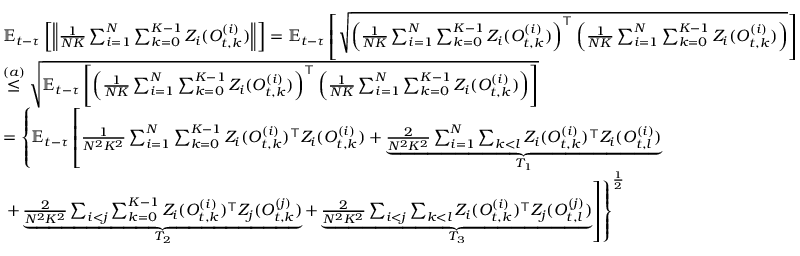
\begin{array} { r l } & { \mathbb { E } _ { t - \tau } \left[ \left\| \frac { 1 } { N K } \sum _ { i = 1 } ^ { N } \sum _ { k = 0 } ^ { K - 1 } Z _ { i } ( O _ { t , k } ^ { ( i ) } ) \right\| \right] = \mathbb { E } _ { t - \tau } \left[ \sqrt { \left( \frac { 1 } { N K } \sum _ { i = 1 } ^ { N } \sum _ { k = 0 } ^ { K - 1 } Z _ { i } ( O _ { t , k } ^ { ( i ) } ) \right) ^ { \top } \left( \frac { 1 } { N K } \sum _ { i = 1 } ^ { N } \sum _ { k = 0 } ^ { K - 1 } Z _ { i } ( O _ { t , k } ^ { ( i ) } ) \right) } \right] } \\ & { \stackrel { ( a ) } { \leq } \sqrt { \mathbb { E } _ { t - \tau } \left[ \left( \frac { 1 } { N K } \sum _ { i = 1 } ^ { N } \sum _ { k = 0 } ^ { K - 1 } Z _ { i } ( O _ { t , k } ^ { ( i ) } ) \right) ^ { \top } \left( \frac { 1 } { N K } \sum _ { i = 1 } ^ { N } \sum _ { k = 0 } ^ { K - 1 } Z _ { i } ( O _ { t , k } ^ { ( i ) } ) \right) \right] } } \\ & { = \left\{ \mathbb { E } _ { t - \tau } \left[ \frac { 1 } { N ^ { 2 } K ^ { 2 } } \sum _ { i = 1 } ^ { N } \sum _ { k = 0 } ^ { K - 1 } Z _ { i } ( O _ { t , k } ^ { ( i ) } ) ^ { \top } Z _ { i } ( O _ { t , k } ^ { ( i ) } ) + \underbrace { \frac { 2 } { N ^ { 2 } K ^ { 2 } } \sum _ { i = 1 } ^ { N } \sum _ { k < l } Z _ { i } ( O _ { t , k } ^ { ( i ) } ) ^ { \top } Z _ { i } ( O _ { t , l } ^ { ( i ) } ) } _ { T _ { 1 } } \right. \right. } \\ & { \left. \left. + \underbrace { \frac { 2 } { N ^ { 2 } K ^ { 2 } } \sum _ { i < j } \sum _ { k = 0 } ^ { K - 1 } Z _ { i } ( O _ { t , k } ^ { ( i ) } ) ^ { \top } Z _ { j } ( O _ { t , k } ^ { ( j ) } ) } _ { T _ { 2 } } + \underbrace { \frac { 2 } { N ^ { 2 } K ^ { 2 } } \sum _ { i < j } \sum _ { k < l } Z _ { i } ( O _ { t , k } ^ { ( i ) } ) ^ { \top } Z _ { j } ( O _ { t , l } ^ { ( j ) } ) } _ { T _ { 3 } } \right] \right\} ^ { \frac { 1 } { 2 } } } \end{array}